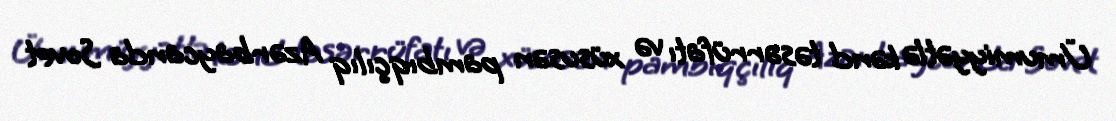
Ümumiyyətlə kənd təsərrüfatı və xüsusən pambıqçılıq Azərbaycanda Sovet